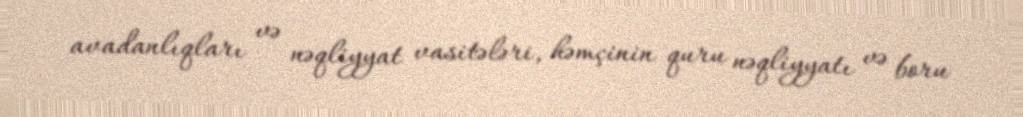
avadanlıqları və nəqliyyat vasitələri, həmçinin quru nəqliyyatı və boru